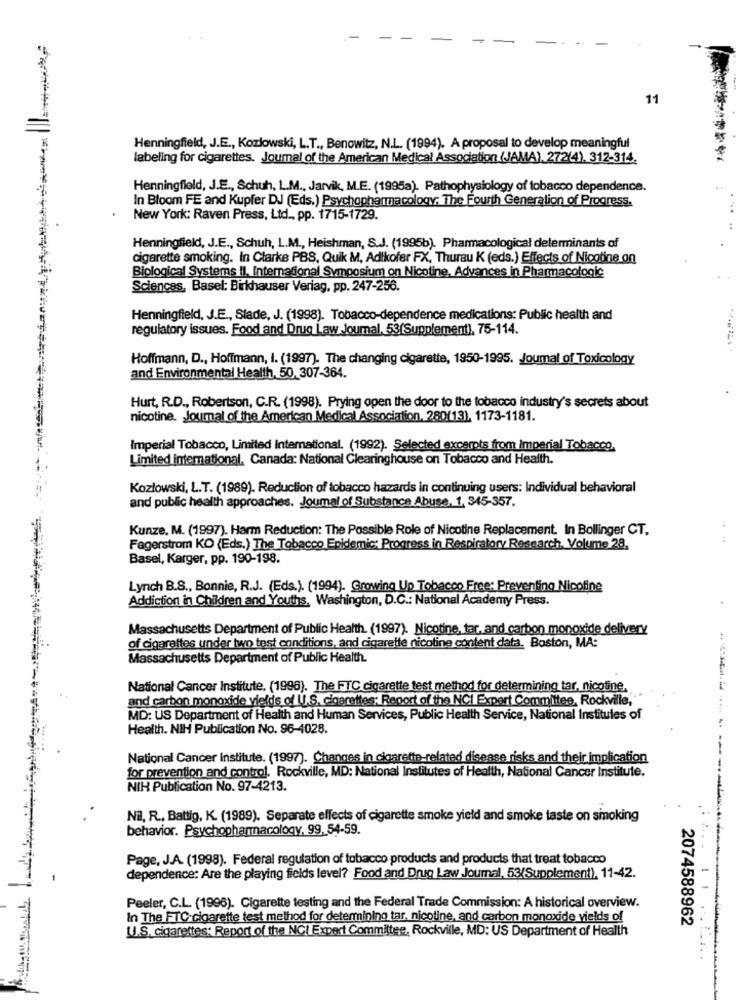
-
11
Henningfield, J.E ., Kozłowski, L.T ., Benowitz, N.L. (1994). A proposal to develop meaningful
labeling for cigarettes. Journal of the American Medical Association (JAMA), 272(4). 312-314.
Henningfield, J.E ., Schuh, L.M ., Jarvik, M.E. (1995a). Pathophysiology of tobacco dependence.
In Bloom FE and Kupfer DJ (Eds.) Psychopharmacology; The Fourth Generation of Progress.
New York: Raven Press, Ltd ., pp. 1715-1729.
Henningfield, J.E ., Schuh, L.M ., Heishman, S.J. (1995b). Pharmacological determinants of
cigarette smoking. In Clarke PBS, Quik M, Adlkofer FX, Thurau K (eds.) Effects of Nicotine on
Biological Systems II. International Symposium on Nicotine, Advances in Pharmacologic
Sciences, Basel: Birkhauser Verlag, pp. 247-256.
Henningfield, J.E ., Slade, J. (1998). Tobacco-dependence medications: Public health and
regulatory issues. Food and Drug Law Journal, 53(Supplement), 75-114.
Hoffmann, D ., Hoffmann, I. (1997). The changing cigarette, 1950-1995. Joumal of Toxicology
and Environmental Health, 50, 307-364.
Hurt, R.D ., Robertson, C.R. (1998). Prying open the door to the tobacco industry's secrets about
nicotine. Journal of the American Medical Association, 280(13), 1173-1181.
Imperial Tobacco, Limited International. (1992). Selected excerpts from Imperial Tobacco,
Limited International, Canada: National Clearinghouse on Tobacco and Health.
Kozłowski, L.T. (1989). Reduction of tobacco hazards in continuing users: Individual behavioral
and public health approaches. Joumal of Substance Abuse, 1, 345-357.
Kunze. M. (1997). Harm Reduction: The Possible Role of Nicotine Replacement. In Bollinger CT.
Fagerstrom KO (Eds.) The Tobacco Epidemic: Progress in Respiratory Research, Volume 28.
Basel, Karger, pp. 190-198.
Lynch B.S ., Bonnie, R.J. (Eds.). (1994). Growing Up Tobacco Free: Preventing Nicotine
Addiction in Children and Youths, Washington, D.C .: National Academy Press.
Massachusetts Department of Public Health. (1997). Nicotine, tar, and carbon monoxide delivery
of cigarettes under two test conditions, and cigarette nicoline content data. Boston, MA:
Massachusetts Department of Public Health.
National Cancer Institute, (1998). The FTC cigarette test method for determining tar, nicotine,
and carbon monoxide yields of U.S. cigarettes: Report of the NCI Expert Committee, Rockville,
MD: US Department of Health and Human Services, Public Health Service, National Institutes of
Health. NIH Publication No. 96-4028.
National Cancer Institute. (1997). Changes in cigarette-related disease risks and their implication
for prevention and control. Rockville, MD: National Institutes of Health, National Cancer Institute.
NIH Publication No. 97-4213.
Nil, R ., Battig, K. (1989). Separate effects of cigarette smoke yield and smoke taste on smoking
behavior. Psychopharmacology, 99, 54-59
Page, J.A. (1998). Federal regulation of tobacco products and products that treat tobacco
dependence: Are the playing fields level? Food and Drug Law Journal, 53/Supplement), 11-42.
Peeler, C.L. (1996). Cigarette testing and the Federal Trade Commission: A historical overview.
In The FTC cigarette test method for determining tar. nicotine, and carbon monoxide vields of
2074588962
U.S. cigarettes: Report of the NCI Expert Committee, Rockville, MD: US Department of Health